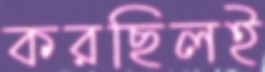
করছিলই